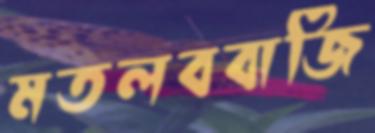
মতলববাজি